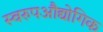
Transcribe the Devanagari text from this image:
स्वरुपऔद्योगिक